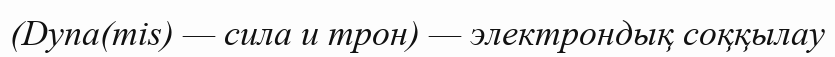
(Dyna(mis) — сила и трон) — электрондық соққылау